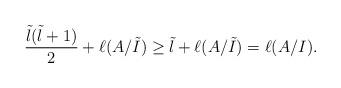
LaTeX: \begin{align*}\frac{ \tilde{l}( \tilde{l}+1)}{2} + \ell(A/\tilde{I}) \ge \tilde{l} + \ell(A/\tilde{I}) = \ell(A/I).\end{align*}